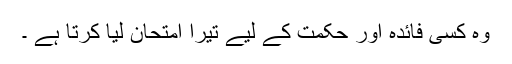
وہ کسی فائدہ اور حکمت کے لیے تیرا امتحان لیا کرتا ہے ۔